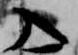
入